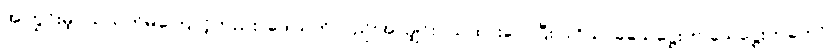
အကြွင်းမဲ့ပယ်သတ်မှုကြောင့်တည်း၊ ဒေါသကိုလည်းအလျှင်းပယ်ထားလေပြီး။ ။ဝိသာခသေဋ္ဌေးက သေဋ္ဌေးကတော်